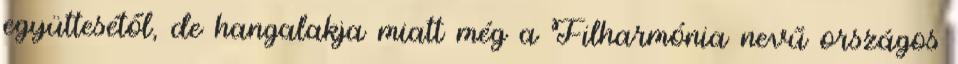
együttesétől, de hangalakja miatt még a Filharmónia nevű országos